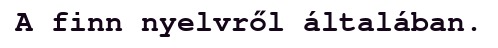
A finn nyelvről általában.